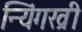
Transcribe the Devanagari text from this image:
न्यिंगख्री